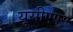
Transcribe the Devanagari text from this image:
यूसीएएस